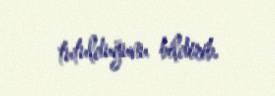
tutulduğunu bildirib.